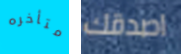
متأخره اصدقك